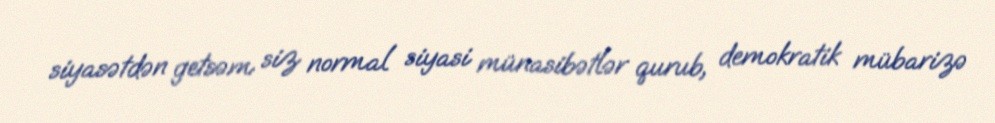
siyasətdən getsəm siz normal siyasi münasibətlər qurub, demokratik mübarizə